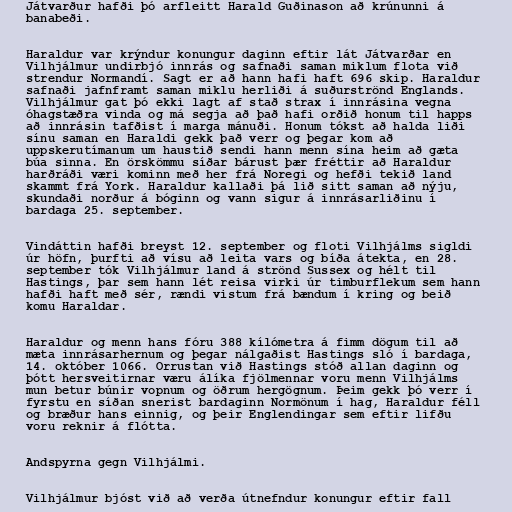
Játvarður hafði þó arfleitt Harald Guðinason að krúnunni á
banabeði.

Haraldur var krýndur konungur daginn eftir lát Játvarðar en
Vilhjálmur undirbjó innrás og safnaði saman miklum flota við
strendur Normandí. Sagt er að hann hafi haft 696 skip. Haraldur
safnaði jafnframt saman miklu herliði á suðurströnd Englands.
Vilhjálmur gat þó ekki lagt af stað strax í innrásina vegna
óhagstæðra vinda og má segja að það hafi orðið honum til happs
að innrásin tafðist í marga mánuði. Honum tókst að halda liði
sínu saman en Haraldi gekk það verr og þegar kom að
uppskerutímanum um haustið sendi hann menn sína heim að gæta
búa sinna. En örskömmu síðar bárust þær fréttir að Haraldur
harðráði væri kominn með her frá Noregi og hefði tekið land
skammt frá York. Haraldur kallaði þá lið sitt saman að nýju,
skundaði norður á bóginn og vann sigur á innrásarliðinu í
bardaga 25. september.

Vindáttin hafði breyst 12. september og floti Vilhjálms sigldi
úr höfn, þurfti að vísu að leita vars og bíða átekta, en 28.
september tók Vilhjálmur land á strönd Sussex og hélt til
Hastings, þar sem hann lét reisa virki úr timburflekum sem hann
hafði haft með sér, rændi vistum frá bændum í kring og beið
komu Haraldar.

Haraldur og menn hans fóru 388 kílómetra á fimm dögum til að
mæta innrásarhernum og þegar nálgaðist Hastings sló í bardaga,
14. október 1066. Orrustan við Hastings stóð allan daginn og
þótt hersveitirnar væru álíka fjölmennar voru menn Vilhjálms
mun betur búnir vopnum og öðrum hergögnum. Þeim gekk þó verr í
fyrstu en síðan snerist bardaginn Normönum í hag, Haraldur féll
og bræður hans einnig, og þeir Englendingar sem eftir lifðu
voru reknir á flótta.

Andspyrna gegn Vilhjálmi.

Vilhjálmur bjóst við að verða útnefndur konungur eftir fall